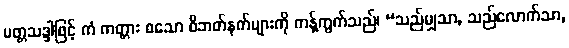
မတ္တသဒ္ဒါဖြင့် ကံ ကတ္တား စသော ဝိဘတ်နက်များကို ကန့်ကွက်သည်၊ “သည်မျှသာ, သည်လောက်သာ,